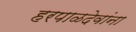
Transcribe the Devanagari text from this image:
हरपाळदेवांना